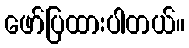
ဖော်ပြထားပါတယ်။